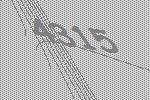
4315